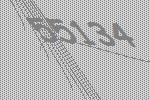
55134